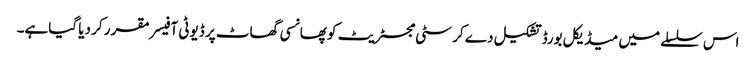
اس سلسلے میں میڈیکل بورڈ تشکیل دے کر سٹی مجسٹریٹ کو پھانسی گھاٹ پر ڈیوٹی آفیسر مقرر کر دیا گیاہے۔